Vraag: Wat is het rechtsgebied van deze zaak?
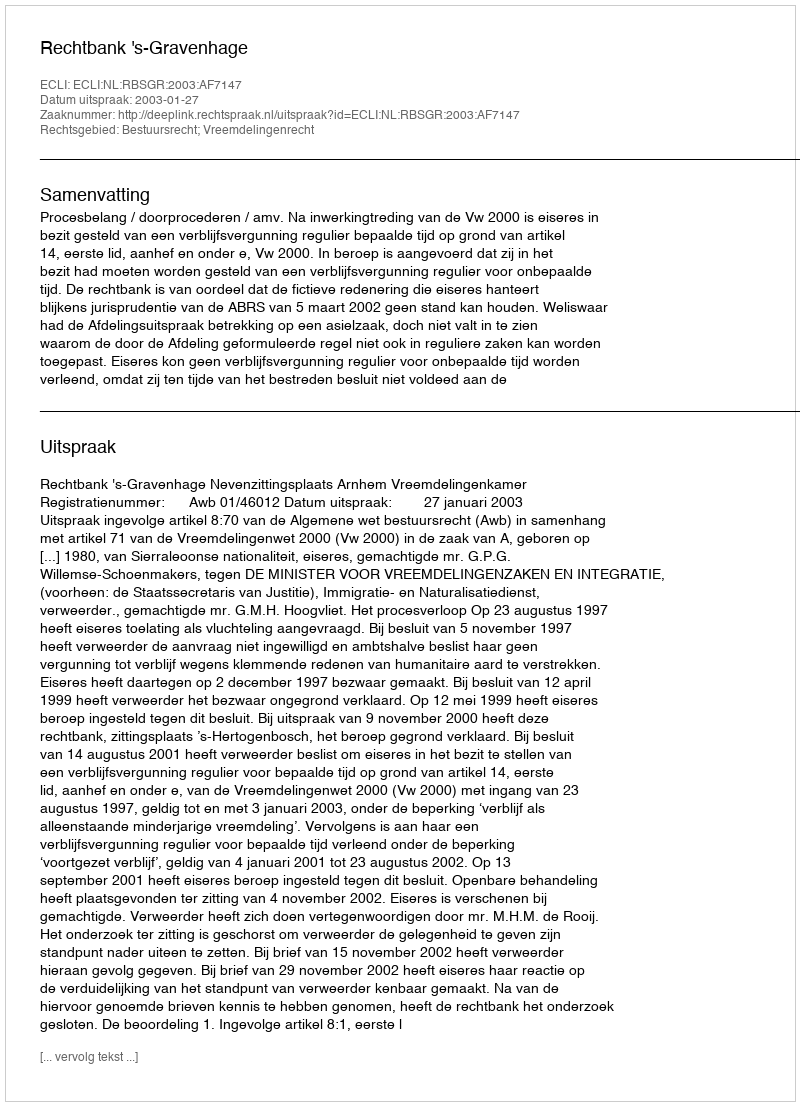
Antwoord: Bestuursrecht; Vreemdelingenrecht